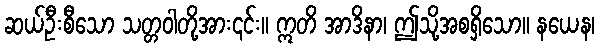
ဆယ်ဦးစီသော သတ္တဝါတို့အား၎င်း။ ဣတိ အာဒိနာ၊ ဤသို့အစရှိသော။ နယေန၊